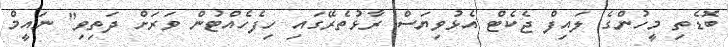
ބޮޑެތި މީހުންގެ ލައިފް ޖެކެޓް އެޅުވިޔަސް ރާޅުތެރޭގައި ހިފެހެއްޓުން ވަރަށް ދަތިވި" ނައީމް